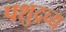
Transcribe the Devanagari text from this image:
पशुद्रव्य